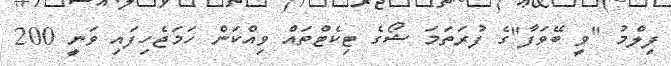
ފިލްމު "ވީ ބޭވަފާ"ގެ ފުރަތަމަ ޝޯގެ ޓިކެޓްތައް ވިއްކަން ހަމަޖެހިފައި ވަނީ 200